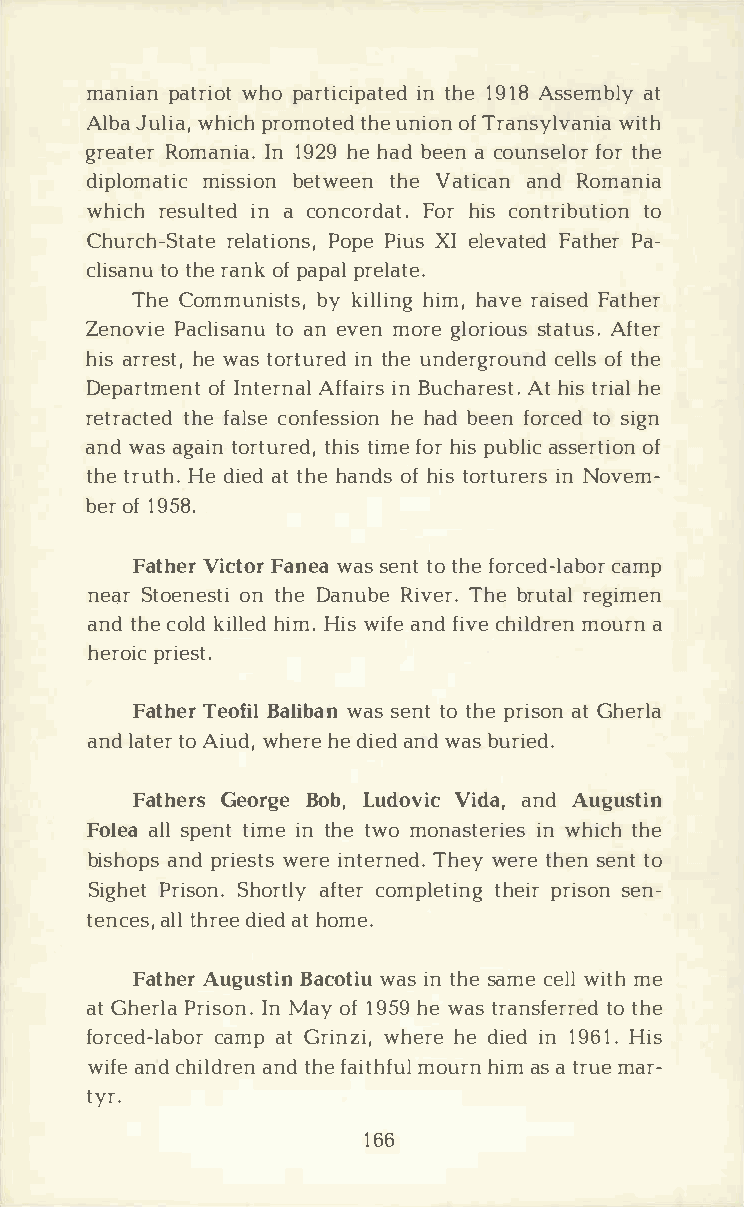
manipaant rwihoopt a rticiintp ha1et9 e1Ad8s semabtl y
 Alba   wJhuilpcirhao ,m otthueend i oofTn r ansywlivtahn ia
 greaRtoemra nIin1a 9.2h 9eh abde eanc ounsfeotlrho er
 diplommaitsisbcie otnw etehneV atiacnadnR omania
 whicrhe suilnta e cdo ncorFdoahrti c.so ntritbou tion
 Church-rSetlaattPeio opPneis u,Xs Ie levated Father Pa­
 clistaotn hruea nokfp apparle late.
 TheC ommunibsykt isl,lh iinmhg,a vrea iFsaetdh er
 ZenoPvaicel itsoaa nne uv emno rgel orsitoautAsuf st.e r
 hiasr rehsewt a,ts o rtiuntr heuedn dergcreoluolnftsd h e
 DepartomfIe nntte Arfnfaailin Br usc haArteh sittsr. hi eal
 retratchtfeea dlc soen fehsesh iaobdne efno rcteosd i gn
 anwda asg ationr tutrhteiidsm,f e oh rip su balsisce rotfi on
 thter uHtehd .i eadtt hhea nodfhs i tso rtuirnNe orvse m­
 beorf1 958.
 FathVeirc tFoarn ewaa sse ntt hfteoo r cedc-almapb or
 neq.Srt oenoents htDeia nuRbiev eThre.b rurteagli men
 antdh ceo klidl hliemHd.i w si faenf di cvhei lmdoruerann
 herporiice st.
 FathTeero fBiall iwbaassn e nttot hper iastoG nh erla
 anlda tteoAr i uwdh,e hreed ieadnw da bsu ried.
 FatheGreso rgBeo bL,u dovViicd aa,n dA ugustin
 Folaeals lp etnitm ient htew moo nastienwr hiietcshh e
 bishaonppdsr iewsetrisen terTnheewdye. r teh esne ntto
 Sighet     Prisonc.o  mSphloetrthtieplnirygri ssaoefnnt ­er
 tencaeltslh, rd eieea dth ome.
 FathAeurg usBtaicno wtaiisun t hsea mcee wliltm he
 atG herla  IPnMr aiyos f1o 9n5.h9 ew atsr ansfteotr hree d
 forcedc-almaapbtG o rri nwzhie,rh eed ieidn1 96H1i.s
 wifaenc dh iladnrtdeh nfe a itmhofuurhlni a ms t ramu aer ­
 tyr.
 166